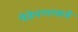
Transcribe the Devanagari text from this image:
वेडेपणाकडे